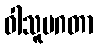
ဝါသူပဂတာ